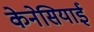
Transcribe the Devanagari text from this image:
केनेसियाई